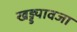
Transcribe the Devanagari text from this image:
खड्ड्यावजा